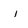
Character: i